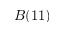
B ( 1 1 )